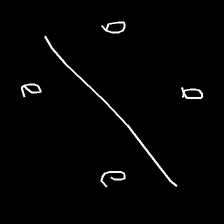
Glyph: cool